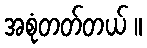
အစုံတတ်တယ် ။